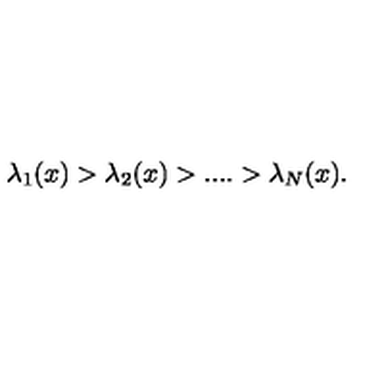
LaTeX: \lambda _ { 1 } ( x ) > \lambda _ { 2 } ( x ) > . . . . > \lambda _ { N } ( x ) .